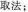
取法；